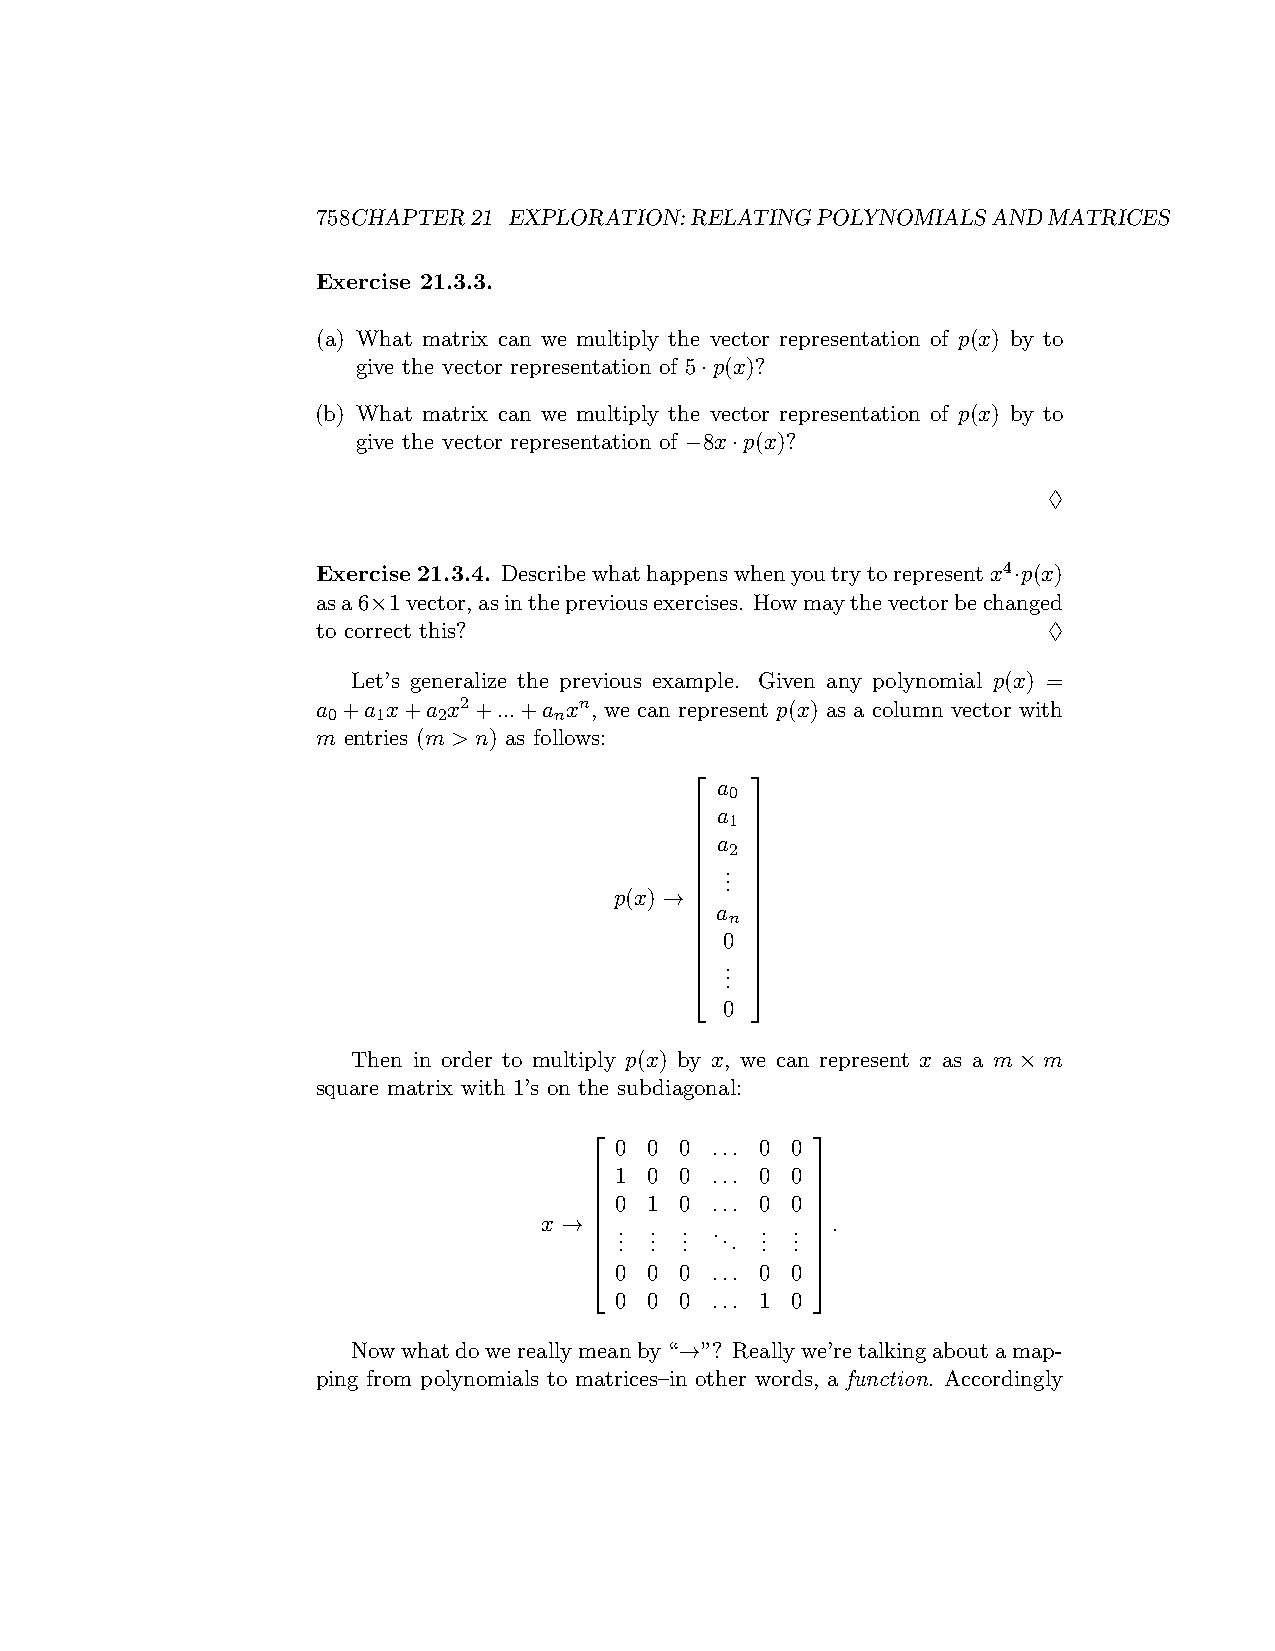
758CHAPTER21 EXPLORATION:RELATINGPOLYNOMIALSANDMATRICES
 Exercise 21.3.3.
 (a) What matrix can we multiply the vector representation of p(x) by to
 give the vector representation of 5·p(x)?
 (b) What matrix can we multiply the vector representation of p(x) by to
 give the vector representation of −8x·p(x)?
 ♢
 Exercise 21.3.4. Describewhathappenswhenyoutrytorepresentx4·p(x)
 asa6×1vector,asinthepreviousexercises. Howmaythevectorbechanged
 to correct this?                                ♢
 Let’s generalize the previous example. Given any polynomial p(x) =
 a +a x+a x2+...+a xn, we can represent p(x) as a column vector with
 0  1   2       n
 m entries (m > n) as follows:
    
 a
 0
  a 1 
    
  a 2 
    
 .
  . 
  . 
 p(x) →  
  a n 
    
  0 
    
  . . 
  . 
 0
 Then in order to multiply p(x) by x, we can represent x as a m × m
 square matrix with 1’s on the subdiagonal:
               
 0 0 0 ... 0 0
  1 0 0 ... 0 0 
               
  0 1 0 ... 0 0 
 x →  
 
 . .
 .
 . .
 .
 . .
 .
 ... . .
 .
 . .
 .
   .
               
  0 0 0 ... 0 0 
 0 0 0 ... 1 0
 Nowwhatdowereallymeanby“→”? Reallywe’retalkingaboutamap-
 ping from polynomials to matrices–in other words, a function. Accordingly